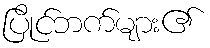
ပြိုင်ဘက်များ၏